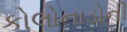
કોલોનાડોની